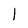
Character: l